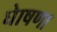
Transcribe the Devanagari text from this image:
घेाषणा